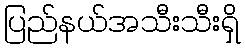
ပြည်နယ်အသီးသီးရှိ